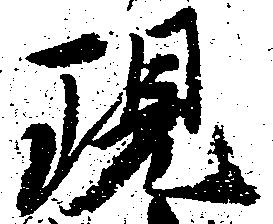
現